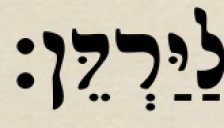
לַיַּרְדֵּן׃